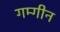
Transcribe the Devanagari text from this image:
गम्गीन